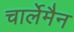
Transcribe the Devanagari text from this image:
चार्लेमैन